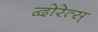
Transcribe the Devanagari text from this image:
द्वोरेत्स्